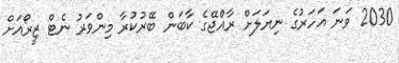
2030 ވަނަ އަހަރުގެ ނިޔަލަށް ރާއްޖޭގެ ކާބަން ބޭރުކުރާ މިންވަރު ނެޓް ޒީރޯއަށް